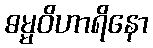
ဓမ္မဝိဟာရိနော